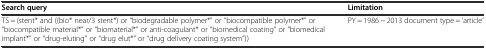
<table><thead><tr><td><b>Search query</b></td><td><b>Limitation</b></td></tr></thead><tbody><tr><td>TS = (stent* and ((bio* near/3 stent*) or “biodegradable polymer*” or “biocompatible polymer*” or “biocompatible material*” or “biomaterial*” or anti-coagulant* or “biomedical coating” or “biomedical implant*” or “drug-eluting” or “drug elut*” or “drug delivery coating system”))</td><td>PY = 1986 ~ 2013 document type = ‘article’</td></tr></tbody></table>